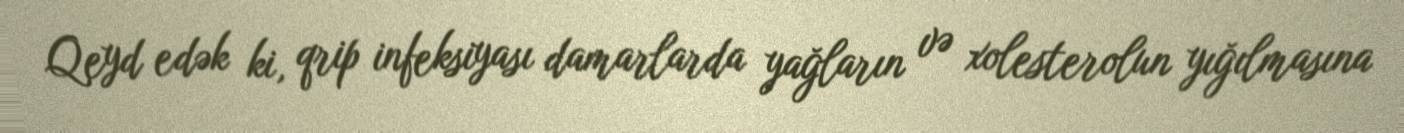
Qeyd edək ki, qrip infeksiyası damarlarda yağların və xolesterolun yığılmasına